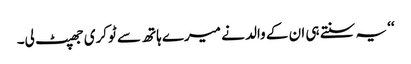
‘‘ یہ سنتے ہی ان کے والد نے میرے ہاتھ سے ٹوکری جھپٹ لی۔